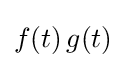
f(t)\,g(t)